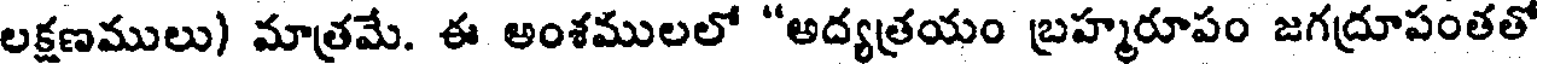
లక్షణములు) మాత్రమే. ఈ అంశములలో "అద్యత్రయం బ్రహ్మరూపం జగద్రూపంతతో